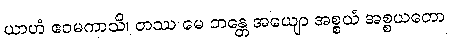
ယာဟံ ဧဝမကာသိ၊ တဿ မေ ဘန္တေ အယျော အစ္စယံ အစ္စယတော